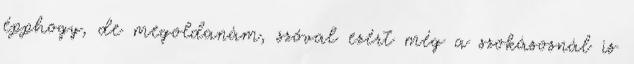
épphogy, de megoldanám, szóval ezért még a szokásosnál is